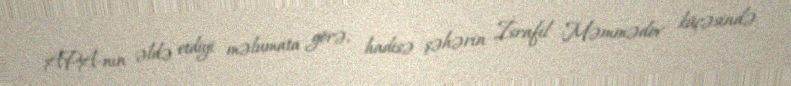
APA-nın əldə etdiyi məlumata görə, hadisə şəhərin İsrafil Məmmədov küçəsində